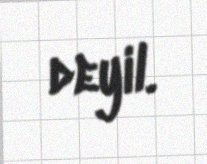
deyil.